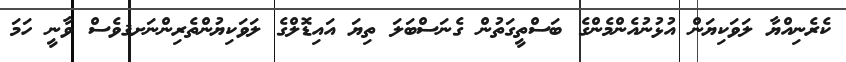
ކެރެނިއްޔާ ލަވަކިޔަން އުޅުނުއެންމެންގެ ބަސްތީގަތުން ގެނަސްބަލަ ތިޔަ އައިޑޮލްގެ ލަވަކިޔުންތެރިންނަށޤވެސް ވާނީ ހަމަ